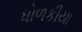
ધોળકીયા